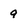
Character: 9